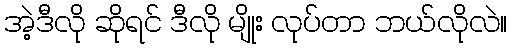
အဲ့ဒီလို ဆိုရင် ဒီလို မျိုး လုပ်တာ ဘယ်လိုလဲ။